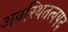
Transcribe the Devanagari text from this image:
अवस्थितत्वपद